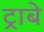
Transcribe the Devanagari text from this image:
ट्राबे